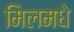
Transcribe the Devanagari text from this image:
मिलमधे